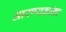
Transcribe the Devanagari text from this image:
आरण्यकांना